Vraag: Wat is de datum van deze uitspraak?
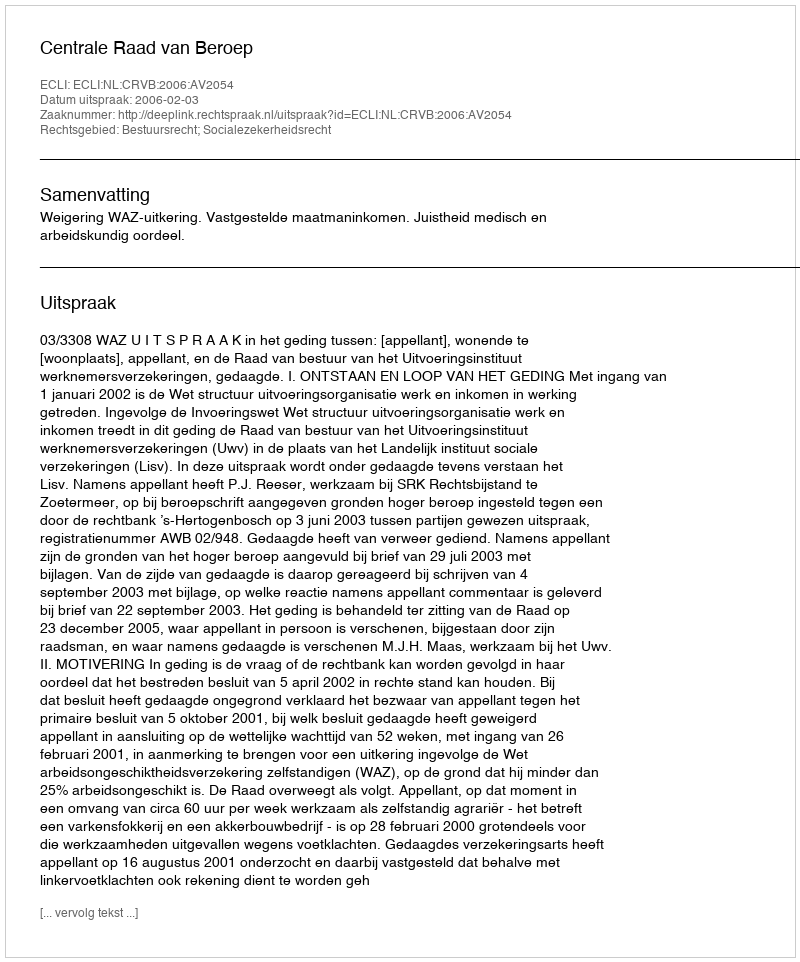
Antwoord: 2006-02-03